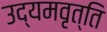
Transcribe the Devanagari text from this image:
उद्यमवृत्ति